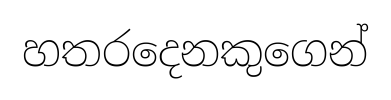
හතරදෙනකුගෙන්